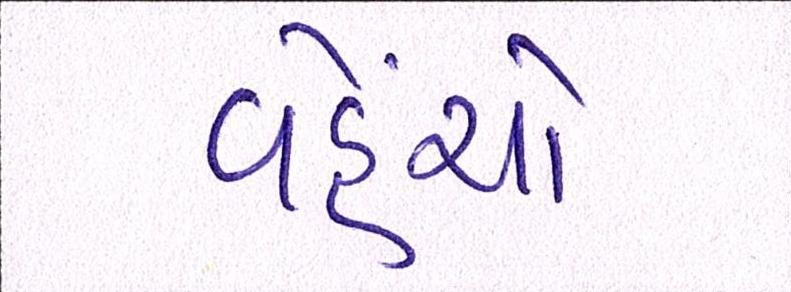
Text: વહેંચો